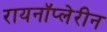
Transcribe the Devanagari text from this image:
रायनॉप्लेरीन